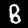
Label: 8